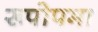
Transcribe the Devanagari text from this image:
रूपोपमा